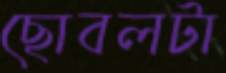
ছোবলটা